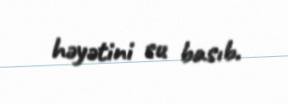
həyətini su basıb.